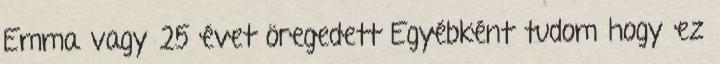
Emma vagy 25 évet öregedett Egyébként tudom hogy ez